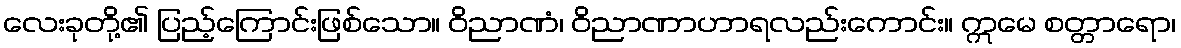
လေးခုတို့၏ ပြည့်ကြောင်းဖြစ်သော။ ဝိညာဏံ၊ ဝိညာဏာဟာရလည်းကောင်း။ ဣမေ စတ္တာရော၊